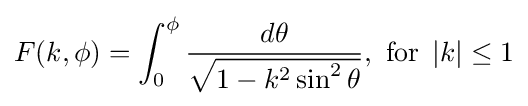
F(k,\phi )=\int _{0}^{\phi }{\frac {d\theta }{\sqrt {1-k^{2}\sin ^{2}\theta }}},{\text{ for }}\left|k\right|\leq 1